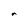
Character: n